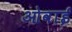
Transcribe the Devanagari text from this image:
ओवाई